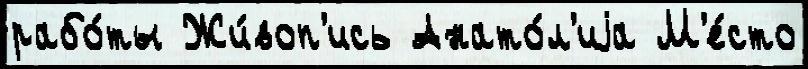
рабо́ты Жи́воп'ись Анато́л'иjа М'е́сто